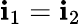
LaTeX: \mathbf{i}_{1}=\mathbf{i}_{2}